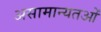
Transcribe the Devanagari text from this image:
असामान्यतओं